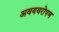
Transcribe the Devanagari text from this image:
अवयवरोपण